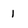
Character: 1